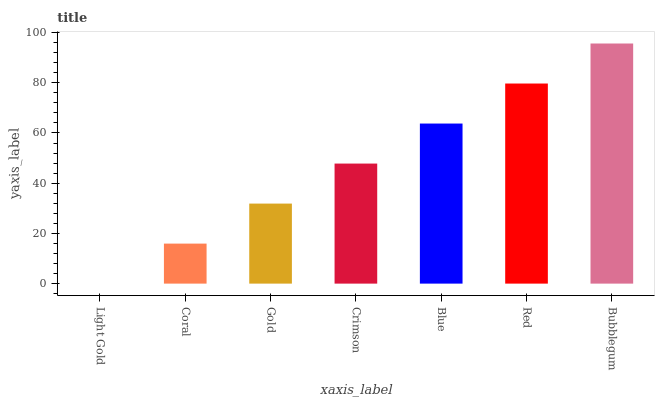
| xaxis_label | bars |
 | --- | --- |
 | Light Gold | 0 |
 | Coral | 15.9 |
 | Gold | 31.9 |
 | Crimson | 47.8 |
 | Blue | 63.7 |
 | Red | 79.7 |
 | Bubblegum | 95.6 |